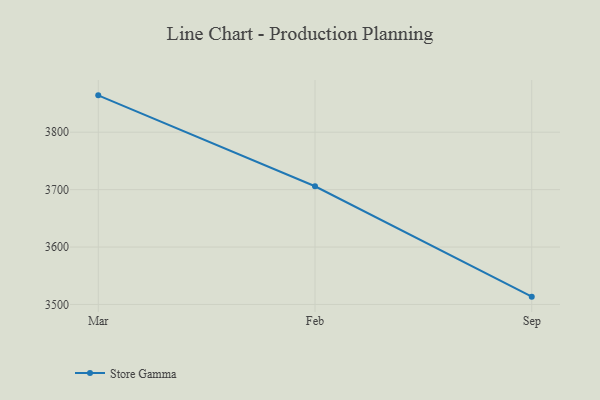
{"axis": {"x": "Month", "y": "Market Share (%)"}, "legend": ["Store Gamma"], "data": [{"x": "Mar", "y": 3864.2, "type": "Store Gamma"}, {"x": "Feb", "y": 3705.9, "type": "Store Gamma"}, {"x": "Sep", "y": 3513.6, "type": "Store Gamma"}]}